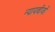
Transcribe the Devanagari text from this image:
न्यायबीजों